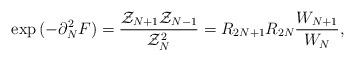
LaTeX: \begin{align*}\exp{(- \partial_{N}^{2} F)} = {{\cal Z}_{N+1} {\cal Z}_{N-1} \over{\cal Z}_{N}^{2} } = R_{2 N+1} R_{2 N} {W_{N+1} \over W_{N} },\end{align*}